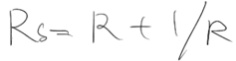
R _ { s } = R t 1 / R